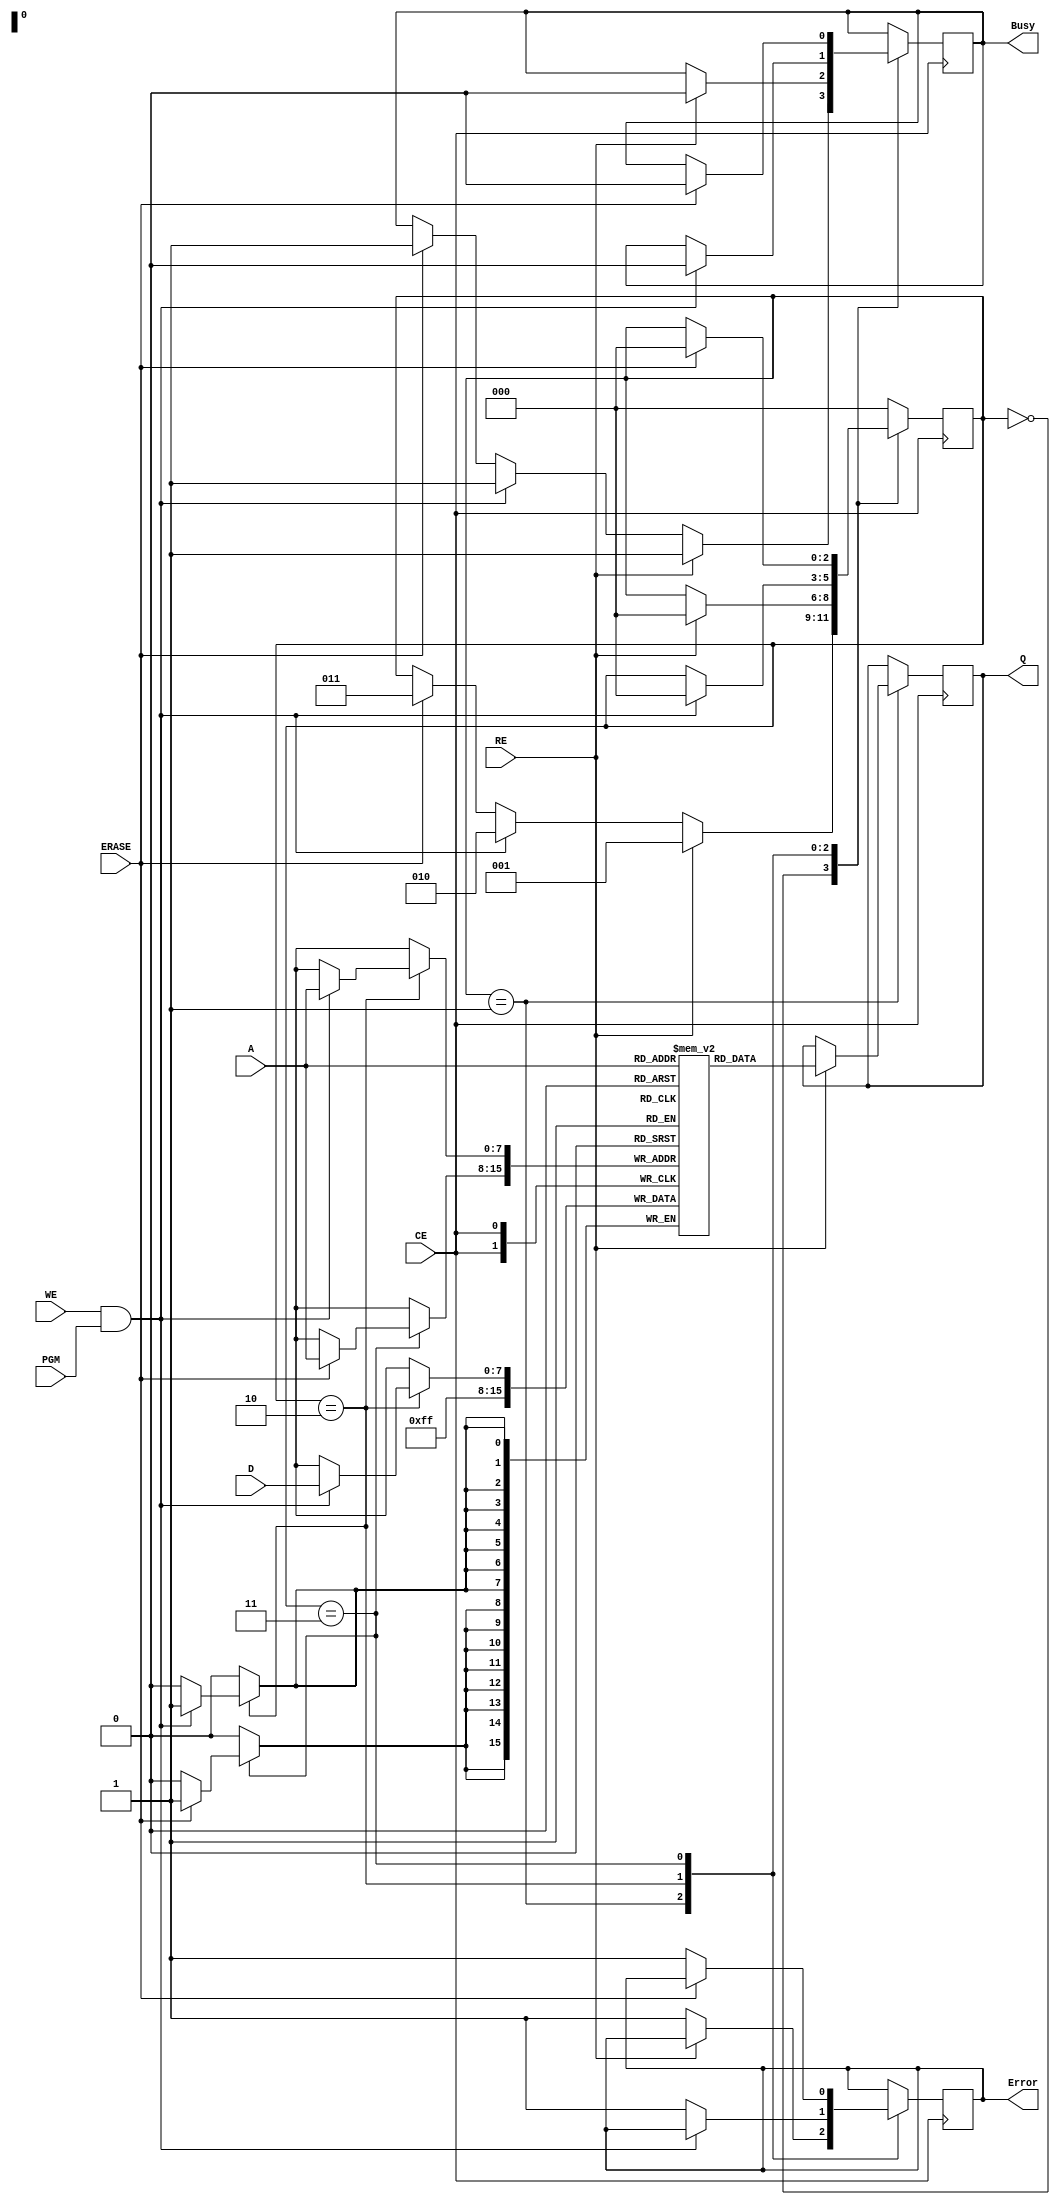
module IO_Block_NOR_EEPROM (
    input wire [7:0] D,          // Data input (8 bits)
    input wire [7:0] A,          // Address input (8 bits)
    input wire WE,               // Write Enable
    input wire RE,               // Read Enable
    input wire CE,               // Chip Enable
    input wire PGM,              // Program signal
    input wire ERASE,            // Erase signal
    output reg [7:0] Q,          // Data output (8 bits)
    output reg Busy,             // Busy status
    output reg Error             // Error status
);

    // Memory array (for simplicity, using a small array)
    reg [7:0] memory_array [0:255]; // 256 x 8-bit memory

    // Internal state
    reg [2:0] state; // State for operation control

    // State encoding
    localparam IDLE = 3'b000,
               READ = 3'b001,
               WRITE = 3'b010,
               ERASE_OP = 3'b011;

    // Initial values
    initial begin
        Busy = 0;
        Error = 0;
        Q = 8'b0;
        state = IDLE;
    end

    // Main operation block
    always @(posedge CE) begin
        if (CE) begin
            case (state)
                IDLE: begin
                    if (RE) begin
                        state <= READ;
                        Busy <= 1;
                    end else if (WE && PGM) begin
                        state <= WRITE;
                        Busy <= 1;
                    end else if (ERASE) begin
                        state <= ERASE_OP;
                        Busy <= 1;
                    end
                end

                READ: begin
                    if (RE) begin
                        Q <= memory_array[A]; // Read data from memory
                        state <= IDLE;
                        Busy <= 0;
                    end else begin
                        Error <= 1; // Error if RE is not asserted
                    end
                end

                WRITE: begin
                    if (WE && PGM) begin
                        memory_array[A] <= D; // Write data to memory
                        state <= IDLE;
                        Busy <= 0;
                    end else begin
                        Error <= 1; // Error if WE or PGM is not asserted
                    end
                end

                ERASE_OP: begin
                    if (ERASE) begin
                        memory_array[A] <= 8'b11111111; // Erase operation
                        state <= IDLE;
                        Busy <= 0;
                    end else begin
                        Error <= 1; // Error if ERASE is not asserted
                    end
                end

                default: begin
                    state <= IDLE;
                end
            endcase
        end
    end

endmodule